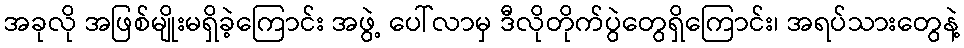
အခုလို အဖြစ်မျိုးမရှိခဲ့ကြောင်း အဖွဲ့ ပေါ်လာမှ ဒီလိုတိုက်ပွဲတွေရှိကြောင်း၊ အရပ်သားတွေနဲ့